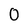
Character: 0